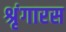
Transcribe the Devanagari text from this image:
श्रृंगारस